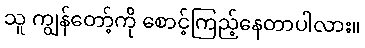
သူ ကျွန်တော့်ကို စောင့်ကြည့်နေတာပါလား။